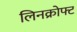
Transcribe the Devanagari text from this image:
लिनक्रोफ्ट